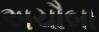
અચૌબા